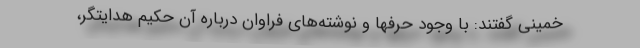
خمینی گفتند: با وجود حرفها و نوشته‌های فراوان درباره آن حکیم هدایتگر،